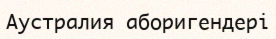
Аустралия аборигендері